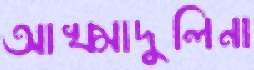
আখ্মাদুলিনা